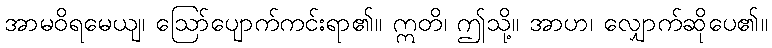
အာမဝိရမေယျ၊ ဩော်ပျောက်ကင်းရာ၏။ ဣတိ၊ ဤသို့။ အာဟ၊ လျှောက်ဆိုပေ၏။